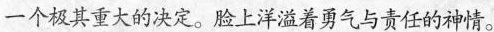
一个极其重大的决定。脸上洋溢着勇气与责任的神情。